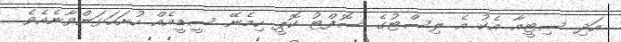
އަދި ސިޓީއާ އެކު އެ ލިސްޓުގެ ސޮފްޓު ކޮޕީ ހިމެނޭ ސީޑީއެއް ހުށަހަޅަންވާނެއެވެ.